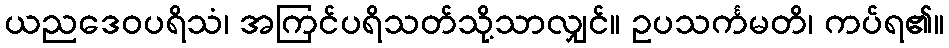
ယညဒေဝပရိသံ၊ အကြင်ပရိသတ်သို့သာလျှင်။ ဥပသင်္ကမတိ၊ ကပ်ရ၏။